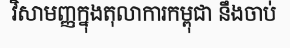
វិសាមញ្ញក្នុងតុលាការកម្ពុជា នឹងចាប់